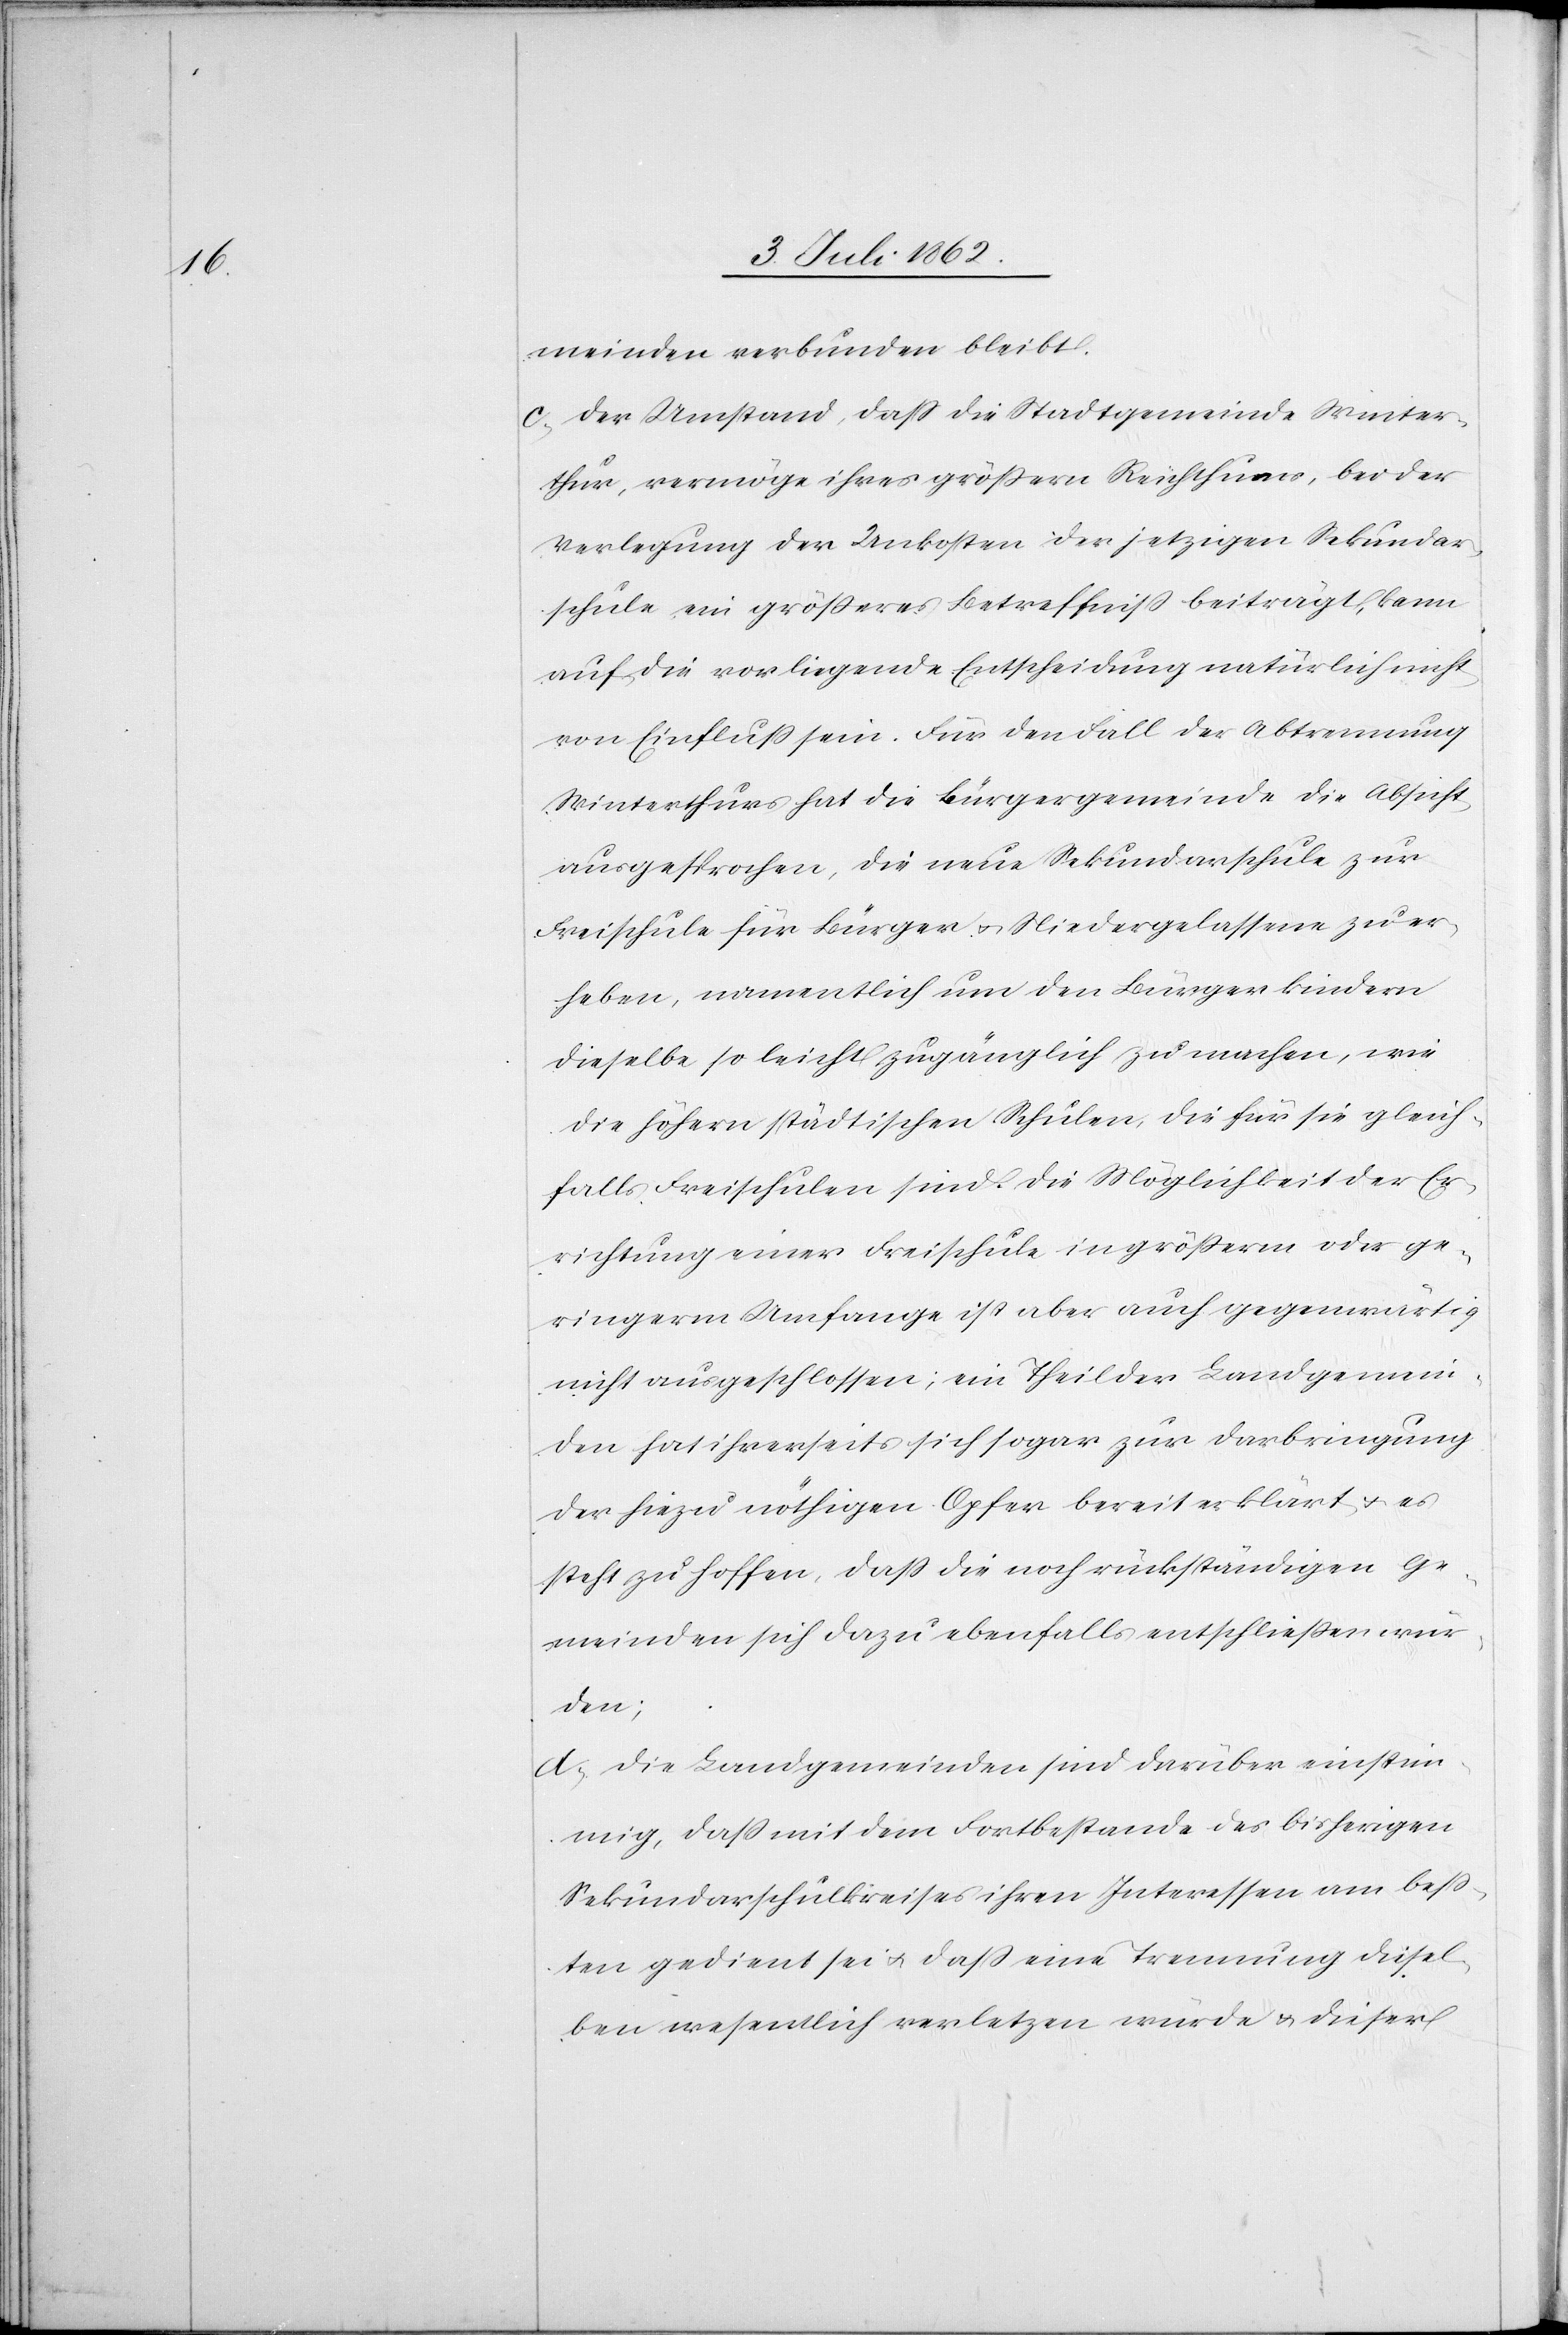
meinden verbunden bleibt
c. Der Umstand, daß die Stadtgemeinde Winter¬
thur, vermöge ihres größern Reichthumes, bei der
Verlegung der Unkosten der jetztigen Sekundar¬
schule ein größeres Betreffniß beiträgt, kann
auf die vorliegende Entscheidung natürlich nicht
von Einfluß sein. Für den Fall der Abtrennung
Winterthurs hat die Bürgergemeinde die Absicht
ausgesprochen, die neue Sekundarschule zur
Freischule für Bürger u. Niedergelassene zu er¬
heben, namentlich um den Bürgerkindern
dieselbe so leicht zugänglich zu machen, wie
die höhern städtischen Schulen, die für sie gleich¬
falls Freischulen sind. Die Möglichkeit der Er¬
richtung einer Freischule in größerm oder ge¬
ringerm Umfange ist aber auch gegenwärtig
nicht ausgeschlossen; ein Theil der Landgemein¬
den hat ihrerseits sich sogar zur Darbringung
der hiezu nöthigen Opfer bereit erklärt u. es
steht zu hoffen, daß die noch rückständigen Ge¬
meinden sich dazu ebenfalls entschließen wür¬
den;
d. Die Landgemeinden sind darüber einstim¬
mig, daß mit dem Fortbestande des bisherigen
Sekundarschulkreises ihren Interessen am beß¬
ten gedient sei u. daß eine Trennung diesel¬
ben wesentlich verletzen würde u. dieser